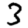
Digit: 3